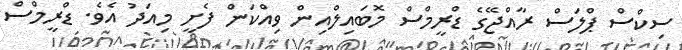
ސިކްސް ޕްލަސް ރާއްޖޭގެ ޑްރީމްސް މޮބައިލްއިން ވިއްކަން ފެށީ މިއަދު އެވެ. ޑްރީމްސް